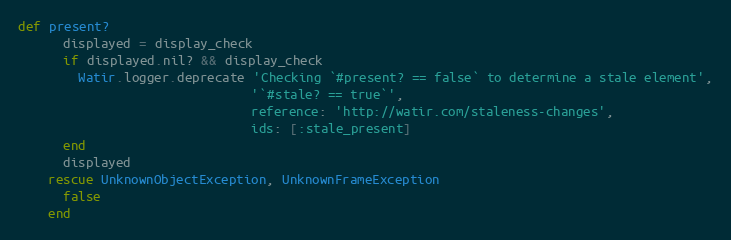
Language: Ruby
def present?
      displayed = display_check
      if displayed.nil? && display_check
        Watir.logger.deprecate 'Checking `#present? == false` to determine a stale element',
                               '`#stale? == true`',
                               reference: 'http://watir.com/staleness-changes',
                               ids: [:stale_present]
      end
      displayed
    rescue UnknownObjectException, UnknownFrameException
      false
    end